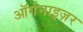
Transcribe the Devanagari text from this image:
ऑर्गनाइज़र